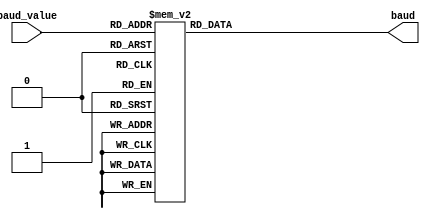
`timescale 1ns / 1ps
//***************************************************************//
//                                                               //
// Created by       Jesus Franco                                 //
// Copyright  2020 Jesus Franco on 11/12/2020 07:11:02 PM       //
//                                                               //
//                                                               //
// In submitting this file for class work at CSULB               //
// I am confirming that this is my work and the work             //
// of no one else. In submitting this code I acknowledge that    //
// plagiarism in student project work is subject to dismissal.   //
// from the class                                                //
// Dependencies:                                                 //
//***************************************************************//

module BAUD_DECODE(
    input [3:0] baud_value,
    output reg [18:0] baud
    );
      
    always@(*)
        case(baud_value)            // BAUD RATE VALUES
            4'b0000: baud = 333333; // 300
            4'b0001: baud = 83333;  // 1200
            4'b0010: baud = 41667;  // 2400
            4'b0011: baud = 20833;  // 4800
            4'b0100: baud = 10417;  // 9600
            4'b0101: baud = 5208;   // 19200
            4'b0110: baud = 2604;   // 38400
            4'b0111: baud = 1736;   // 57600
            4'b1000: baud = 868;    // 115200
            4'b1001: baud = 434;    // 230400
            4'b1010: baud = 217;    // 460800
            4'b1011: baud = 109;    // 92160
            default: baud = 0;      // 0
        endcase
endmodule